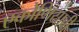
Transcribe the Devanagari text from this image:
एकोणिसावी